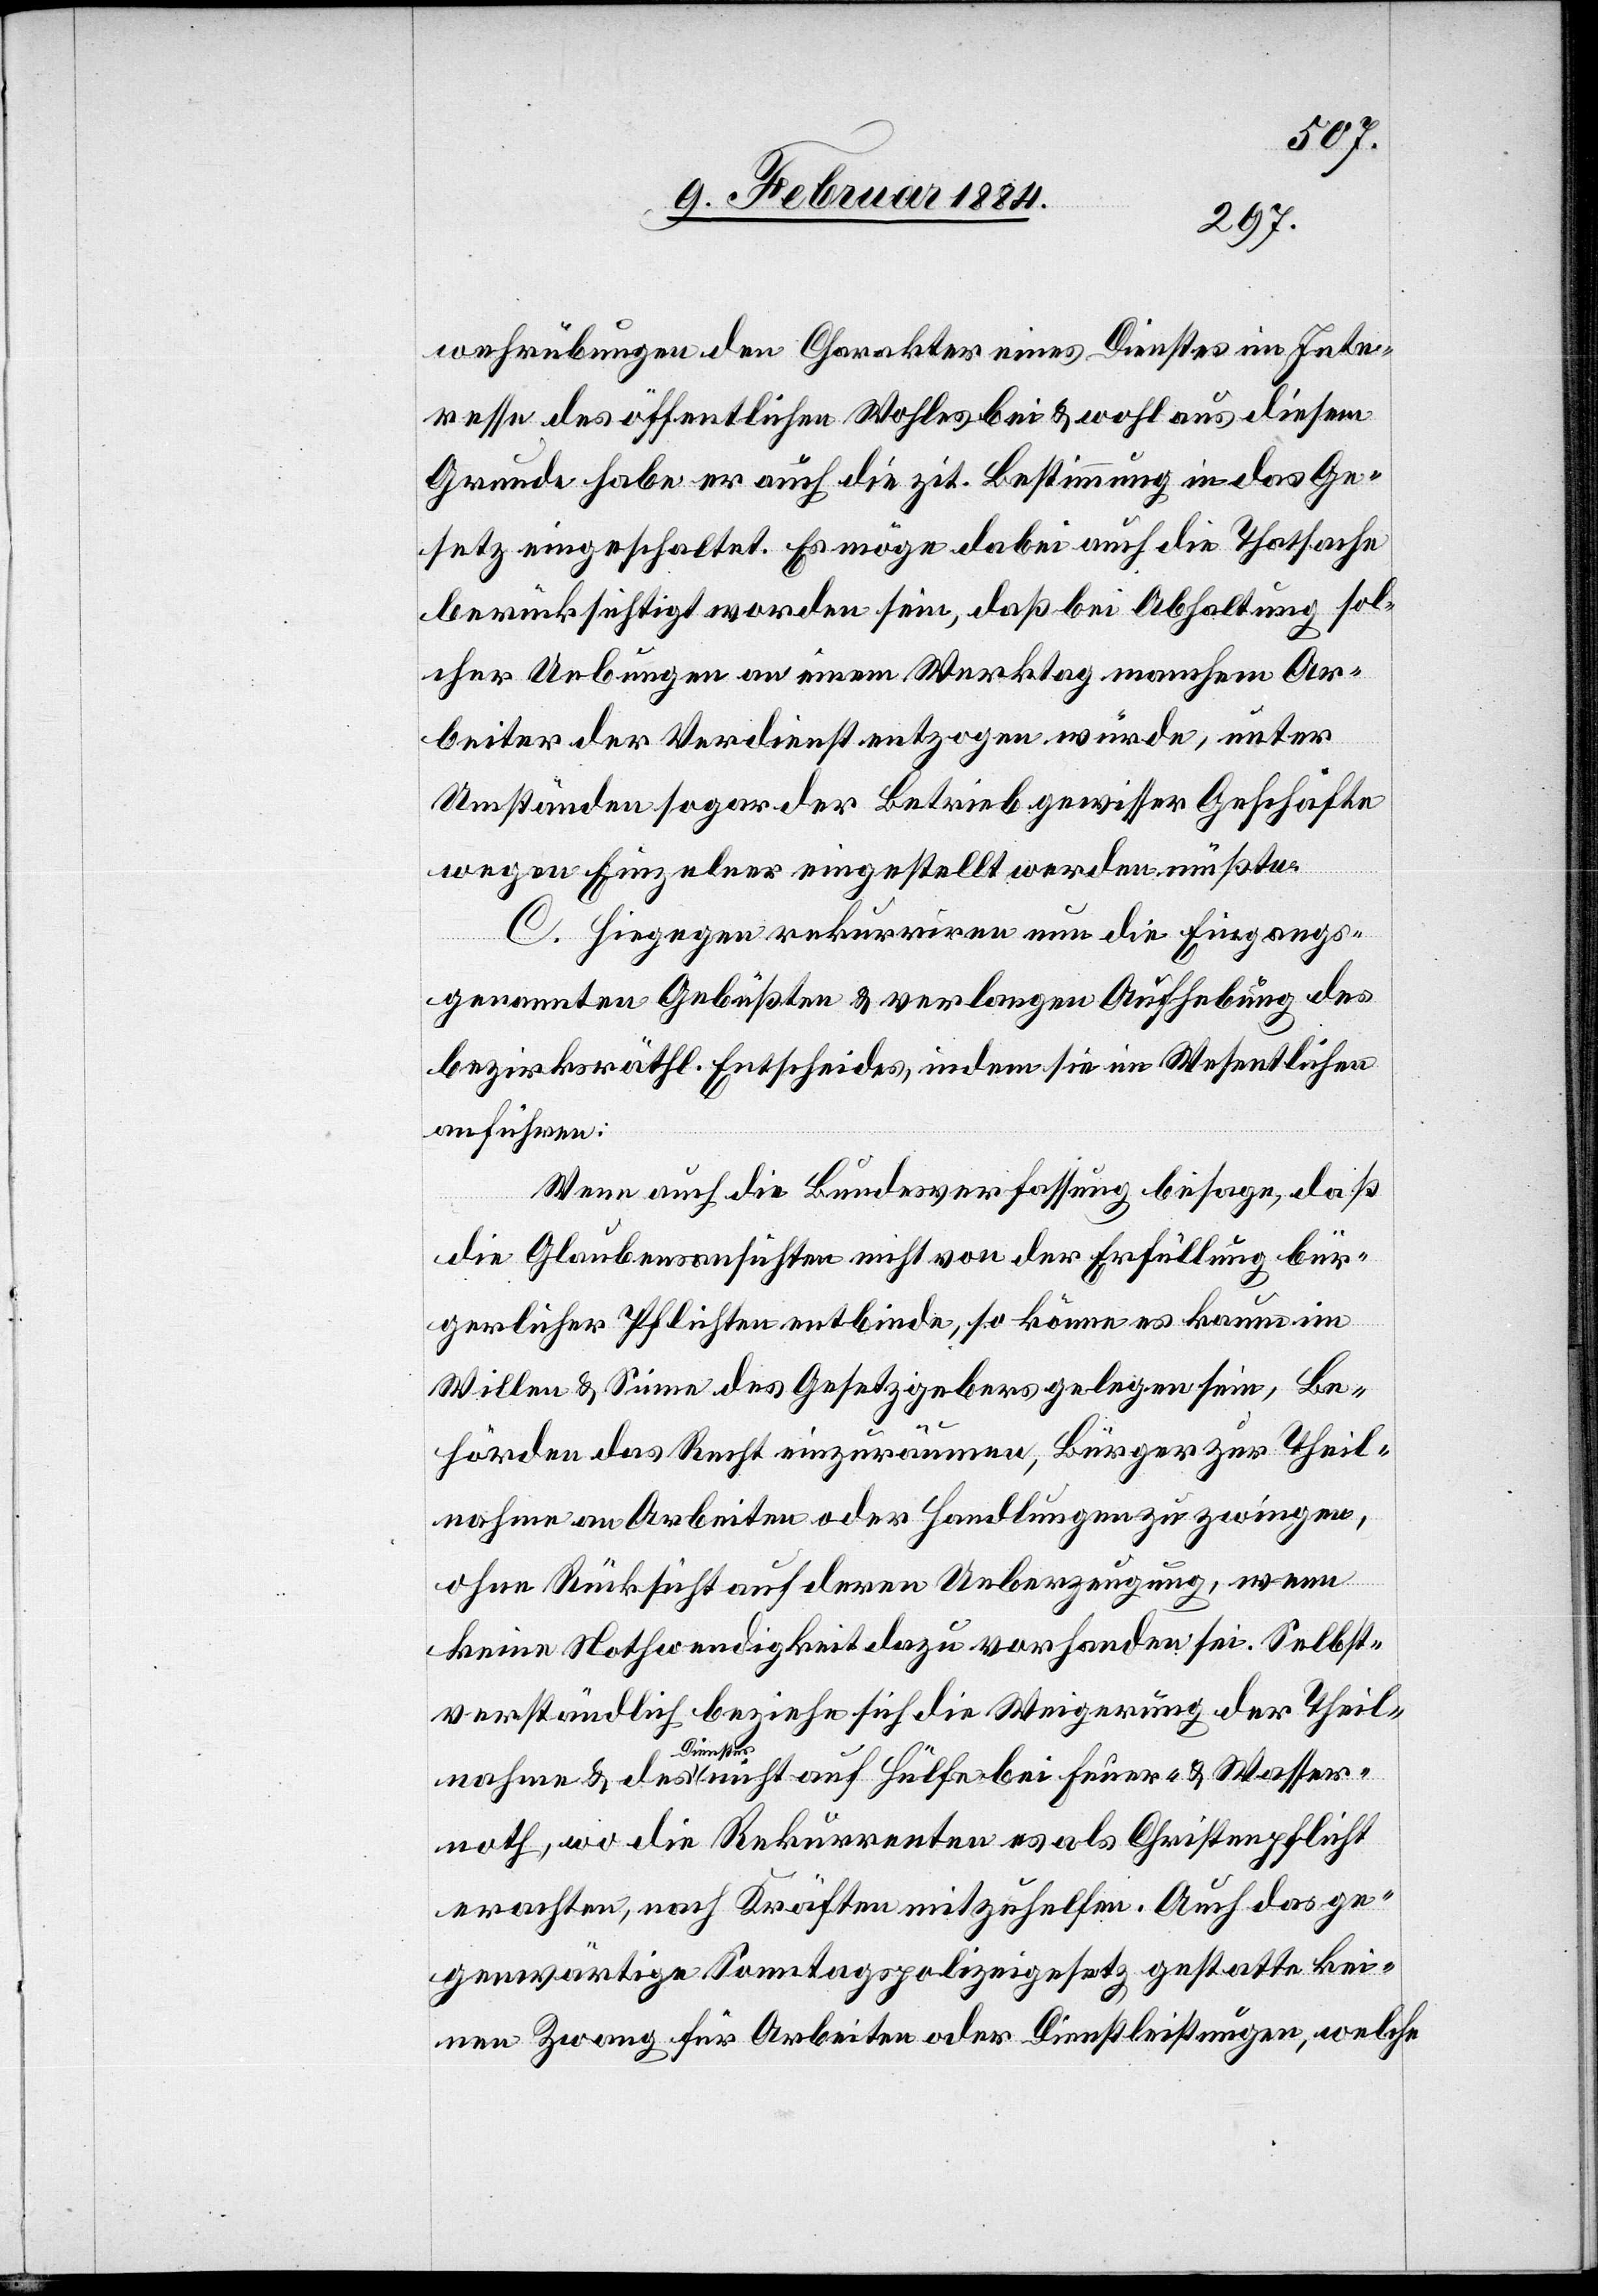
wehrübungen den Charakter eines Dienstes im Inte¬
resse des öffentlichen Wohles bei & wohl aus diesem
Grunde habe er auch die zit. Bestimmung in das Ge¬
setz eingeschaltet. Es möge dabei auch die Thatsache
berücksichtigt worden sein, daß bei Abhaltung sol¬
cher Uebungen an einem Werktag manche Ar¬
beiter der Verdienst entzogen würde, unter
Umständen sogar der Betrieb gewisser Geschäfte
wegen Einzelner eingestellt werden müßte.
C. Hiegegen rekurriren nun die Eingangs
genannten Gebüßten & verlangen Aufhebung des
bezirksräthl. Entscheides, indem sie im Wesentlichen
anführen:
Wenn auch die Bundesverfassung besage, daß
Wasse¬
die Glaubensansichten nicht von der Erfüllung bür¬
gerlicher Pflichten entbinde, so könne es kaum im
Willen & Sinne des Gesetzgebers gelegen sein, Be¬
hörden das Recht einzuräumen, Bürger zur Theil¬
nahme an Arbeiten oder Handlungen zu zwingen,
ohne Rücksicht auf deren Ueberzeugung, wenn
keine Nothwendigkeit dazu vorhanden sei. Selbst¬
verständlich beziehe sich die Weigerung der Theil¬
Dienstes
rnoth, wo die Rekurrenten es als Christenpflicht
erachten, nach Kräften mitzuhelfen. Auch das ge¬
genwärtige Sonntagspolizeigesetz gestatte kei¬
nen Zwang für Arbeiten oder Dienstleistungen, welche